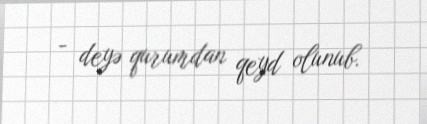
- deyə qurumdan qeyd olunub.